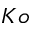
K o